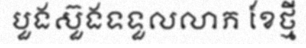
បួងស៊ួងទទួលលាភ ខែថ្មី